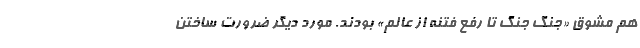
هم مشوق «جنگ جنگ تا رفع فتنه از عالم» بودند. مورد دیگر ضرورت ساختن